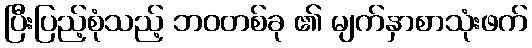
ပြီးပြည့်စုံသည့် ဘဝတစ်ခု ၏ မျက်နှာစာသုံးဖက်